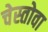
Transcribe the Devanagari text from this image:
चेस्तोवा